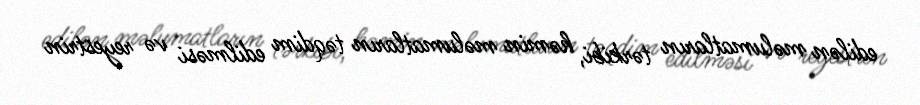
edilən məlumatların tərkibi, həmin məlumatların təqdim edilməsi və reyestrin